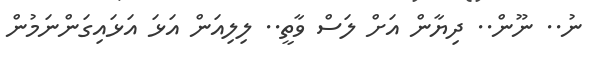
ނު.. ނޫން.. ދިޔާން އަށް ލަސް ވާތީ.. ލިލިއަން އަޅަ އަޅައިގަންނަމުން